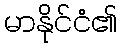
မာနိုင်ငံ၏